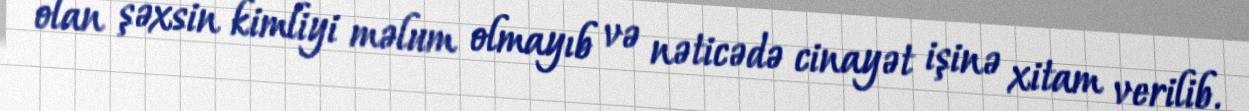
olan şəxsin kimliyi məlum olmayıb və nəticədə cinayət işinə xitam verilib.